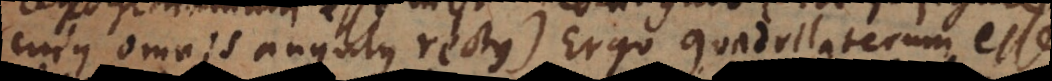
cujus omnis angulus rectus). Ergo quadrilaterum esse